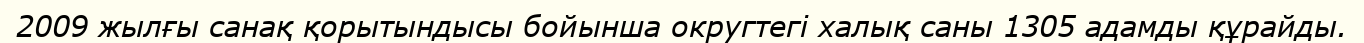
2009 жылғы санақ қорытындысы бойынша округтегі халық саны 1305 адамды құрайды.